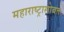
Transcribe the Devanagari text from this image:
महाराष्ट्रासोबत